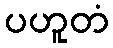
ပဟူတံ